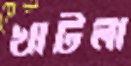
খাটলা